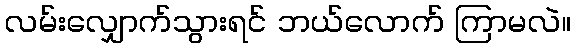
လမ်းလျှောက်သွားရင် ဘယ်လောက် ကြာမလဲ။